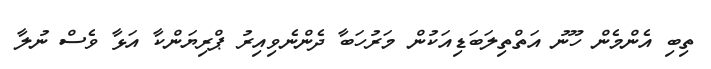
ތިބި އެންމެން ހޫނު އަތްތިލަބަޑިއަކުން މަރުހަބާ ދެންނެވިއިރު ޕްރިޔަންކާ އަޅާ ވެސް ނުލާ